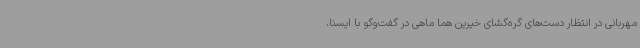
مهربانی در انتظار دست‌های گره‌گشای خیرین هما ماهی در گفت‌وگو با ایسنا،